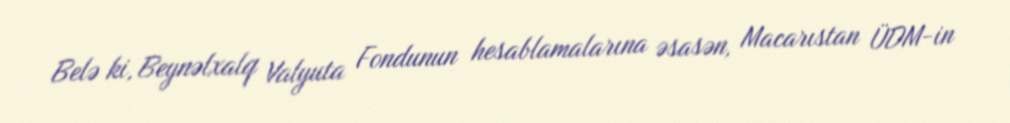
Belə ki, Beynəlxalq Valyuta Fondunun hesablamalarına əsasən, Macarıstan ÜDM-in